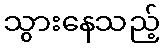
သွားနေသည့်